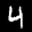
Label: 4